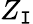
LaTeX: Z_{\mathtt{I}}